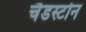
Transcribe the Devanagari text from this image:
चैडस्टोन